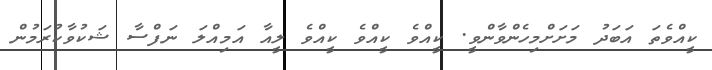
ކީއްވެތަ އަބަދު މަށަށްމިހެންވާންވީ. ކީއްވެ ކީއްވެ ކީއްވެ ލީއާ އަމިއްލަ ނަފްސާ ޝަކުވާކުރަމުން